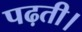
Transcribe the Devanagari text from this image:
पढ़ती।